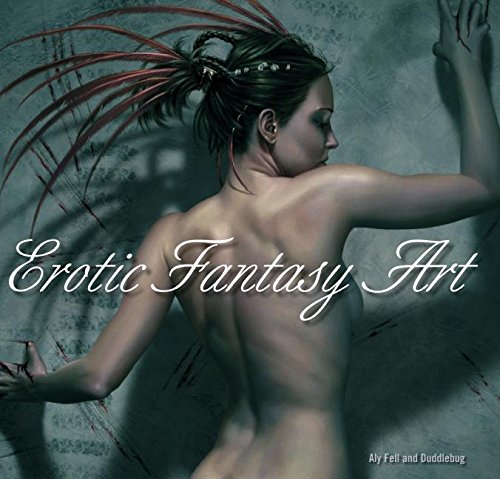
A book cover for Erotic Fantasy Art; Duddlebug; Comics & Graphic Novels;